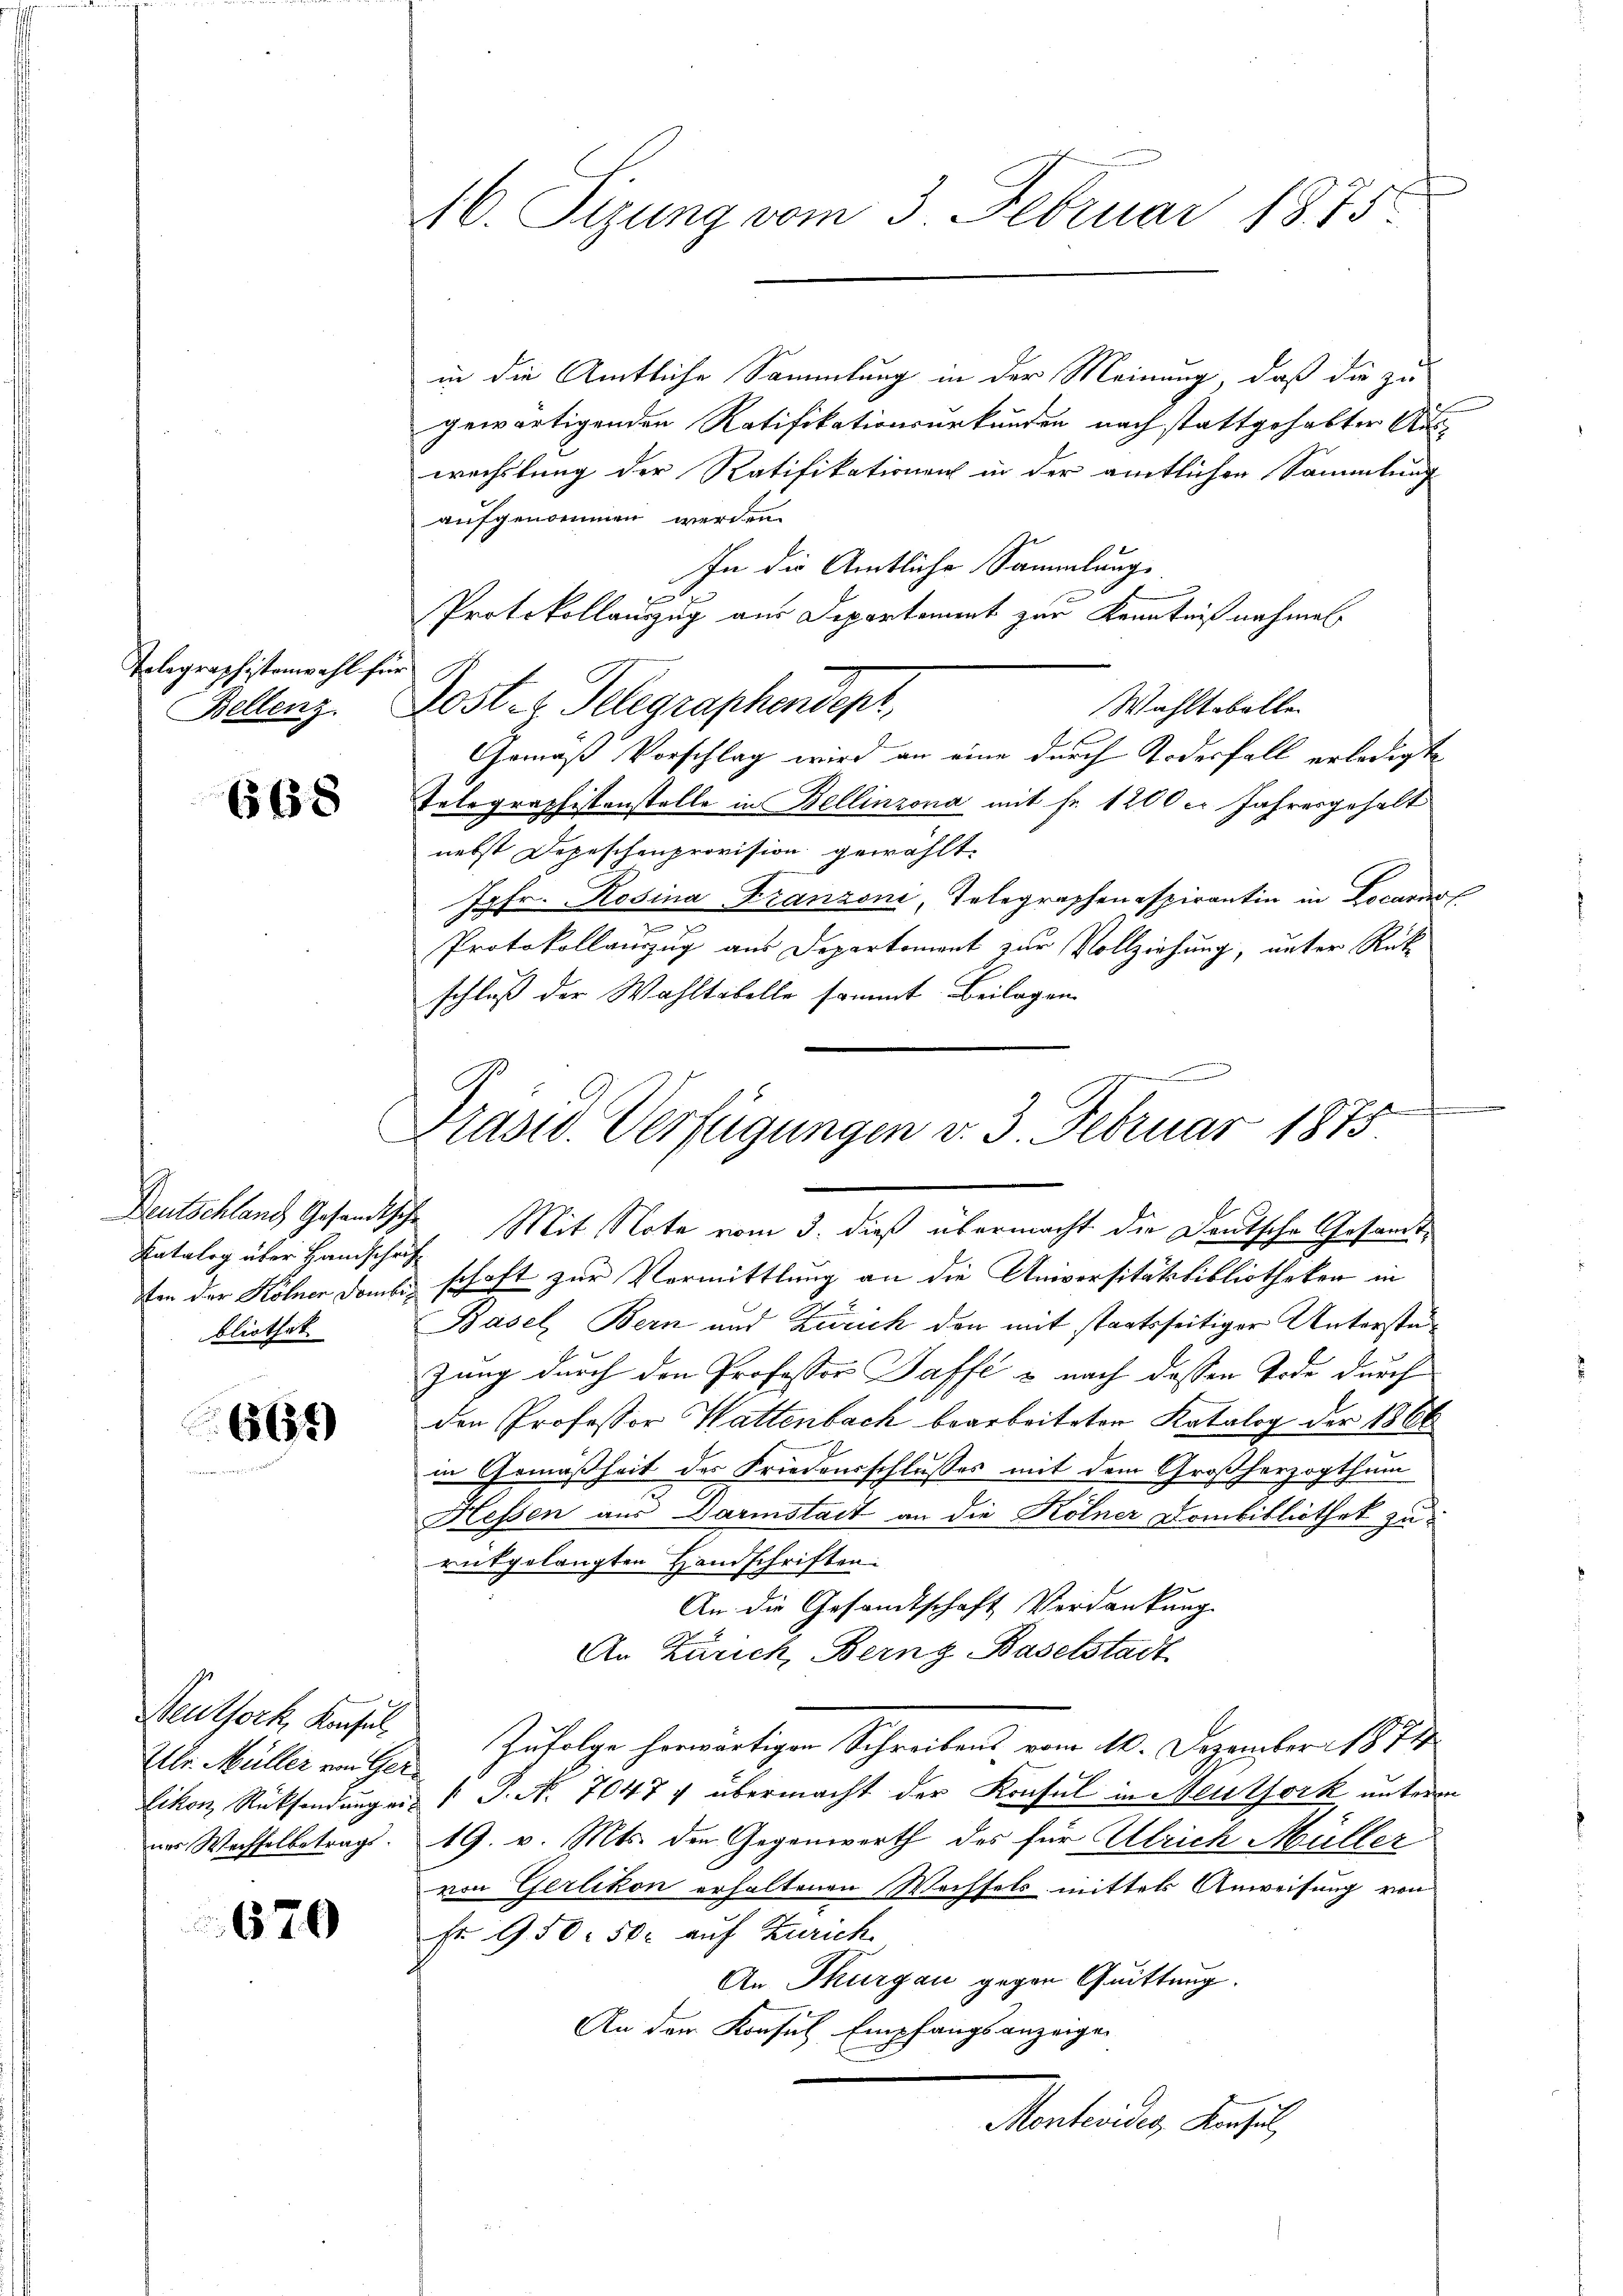
Polegraphistenwahl fr

668

Katalog über Handschrift
bliothek

661)

in die Amtliche Sammlung in der Meinung, daß die zu
gewärtigenden Ratifikationsurkunden nach stattgehabter Auswechslung der Ratifikationen in der amtlichen Sammlung
aufgenommen werden.
In die Amtliche Sammlung
5
Protokollauszug aus Departement zur Kenntniß nochmal
n
Wohltobelle
Bellenz. Post- u. Telegraphendepr
Gemäß Vorschlag wird an eine durch Todesfall erledigte
Telegraphistenstelle in Bellinzona mit Fr. 1200 c. Jahresgehalt
nebst Depeschenprovision gewählt.
Jgfr. Rosina Franzoni, Telegraphenespirantin in Locarno
e
Protokollanzug aus Departement zur Vollziehung, unter Rück
schluß der Wahltabelle sommt Beilagen
Deutschland Gesandtsche Mit Note vom 3. dieß übermacht die Deutsche Gesandtten der Kölner Dank schaft zur Vermittlung an die Universitätsbibliotheken in
Basel, Bern und Zürich den mit staatsseitiger Unterstüzung durch den Professor Taffe & nach dessen Tode durch
den Professor Wattenbach bearbeiteten Katalog der 1866
in Gemäßheit des Friedensschlusses mit dem Großherzogthum
Hessen aus Darmstadt an die Kölner Combibliothek zurükgelangten Handschriften.
An die Gesandtschaft Verdankung
An Zürich, Berng Baselstadt
Neutfork, Konsul zufolge herwärtigen Schreibens vom 10. Dezember 1874
Eikon Rücksendung ein 1 S. No. 7047 & übermacht der Konsul in Neutfork unterm
ner Wachselbetrag. 19. v. Mts. den Gegenwerth des für Ulrich Müller
von Gerlikon erhaltenen Wechsels mittels Anweisung von
Fr. 950. 50. auf Zürich
An Thurgau gegen Quittung.
An der Konsul Empfangsanzeigen
Montreitig, Kanzel,

Uhr. Müller von Ger

670

M. Sizung vom 3. Februar 1875.

h
Präsid. Verfügungen v. 3. Februar 1875